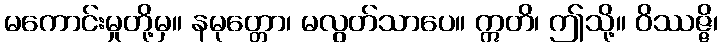
မကောင်းမှုတို့မှ။ နမုတ္တော၊ မလွတ်သာပေ။ ဣတိ၊ ဤသို့။ ဝိဿဇ္ဇိ၊